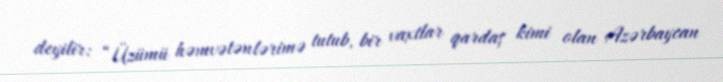
deyilir: “Üzümü həmvətənlərimə tutub, bir vaxtlar qardaş kimi olan Azərbaycan